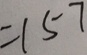
= 1 5 7